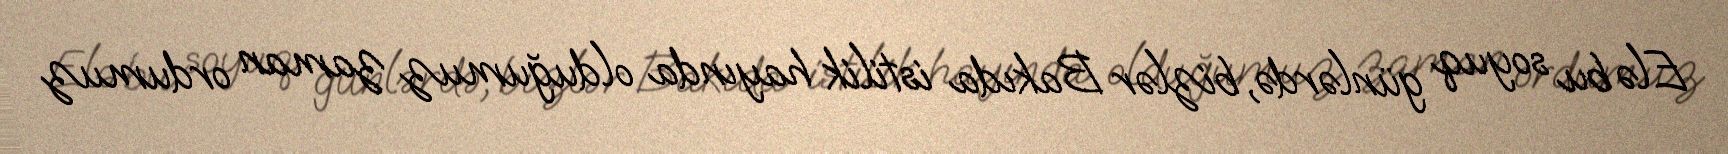
Elə bu soyuq günlərdə, bizlər Bakıda istilik hayında olduğumuz zaman ordumuz